Calcutta medical institutions reports 1892-1900
Year: 1892
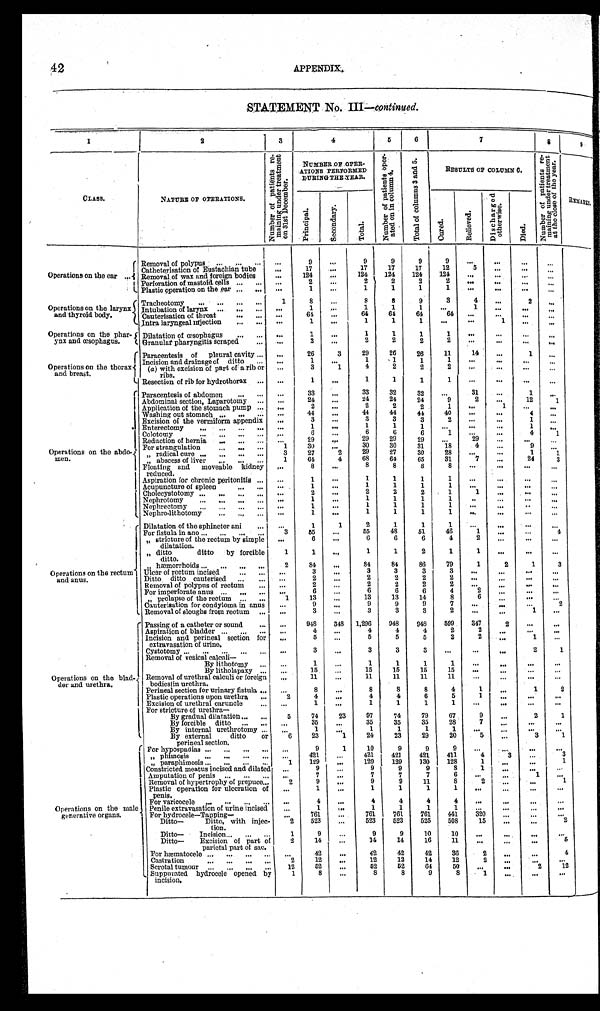
42
APPENDIX.
STATEMENT No. III— continued.
1
2
3
4
5
6
7
8
9
C L A S S .
NATURE OF OPERATIONS.
N u m b e r o f p a t i e n t s r e - m a i n i n g u n d e r t r e a t m e n t o n 3 1 s t D e c e m b e r .
NUMBER OF OPER-
ATIONS PERFORMED
DURING THE YEAR.
N u m b e r o f p e t i e n t s o p e r - a t e d o n i n c o l u m n 4 .
T o t a l o f c o l u m n s 3 a n d 5 .
RESULTS OF COLUMN 6.
N u m b e r o f p a t i e n t s r e - m a i n i n g u n d e r t r e a t m e n t a t t h e c l o s e o f t h e y e a r .
R E M A R K S .
P r i n c i p a l .
S e c o n d a r y .
T o t a l .
C u r e d .
R e l i e v e d .
D i s c h a r g e d o t h e r w i s e .
D i e d .
Operations on the ear . . .
Removal of polypus . . .
. . .
9
. . .
9
9
9
9
. . .
. . .
. . .
. . .
17
17
12
17
Catheterisation of Eustachian tube
. . .
17
. . .
5
. . .
. . .
. . .
124
124
124
124
Removal of wax and foreign bodies
. . .
124
. . .
. . .
. . .
. . .
. . .
2
2
2
2
Perforation of mastoid cells . . .
. . .
2
. . .
. . .
. . .
. . .
. . .
Plastic operation on the ear . . .
. . .
1
. . .
1
1
1
1
. . .
. . .
. . .
. . .
Operations on the larynx
and thyroid body.
Tracheotomy . . .
1
8
. . .
8
8
9
3
4
. . .
2
. . .
Intubation of larynx . . .
. . .
1
. . .
1
1
1
. . .
1
. . .
. . .
. . .
64
64
64
Cauterisation of throat . . .
. . .
64
. . .
64
. . .
. . .
. . .
. . .
Intra laryngeal injection . . .
. . .
1
. . .
1
1
1
. . .
. . .
1
. . .
. . .
Operations on the phar-
ynx and œsophagus.
Dilatation of œsophagus . . .
. . .
1
. . .
1
1
1
1
. . .
. . .
. . .
. . .
Granular pharyngitis scraped . . .
. . .
2
. . .
2
2
2
2
. . .
. . .
. . .
. . .
Operations on the thorax
and breast.
Paracentesis of pleural cavity . . .
. . .
26
3
29
26
26
11
14
. . .
1
. . .
Incision and drainage of ditto . . .
. . .
1
. . .
1
1
1
1
. . .
. . .
. . .
. . .
(a) with excision of part of a rib or
ribs.
. . .
3
1
4
2
2
2
. . .
. . .
. ..
. . .
Resection of rib for hydrothorax . . .
. . .
1
. . .
1
1
1
1
. . .
. . .
. . .
. . .
Operations on the abdo
- m e n .
Paracentesis of abdomen . . .
. . .
33
. . .
33
32
32
. . .
31
. . .
1
. . .
Abdominal section, Laparotomy . . .
. . .
24
. . .
24
24
24
9
2
. . .
12
1
Application of the stomach pump . . .
. . .
2
. . .
2
2
2
1
. . .
1
. . .
. . .
Washing out stomach . . .
. . .
44
. . .
44
44
44
40
. . .
. . .
4
. . .
Excision of the vermiform appendix
. . .
3
. . .
3
3
3
2
. . .
. . .
1
. . .
Enterectomy . . .
. . .
1
. . .
1
1
1
. . .
. . .
. . .
1
. . .
Colotomy . . .
. . .
6
. . .
6
6
6
1
. . .
. . .
4
1
Reduction of hernia . . .
. . .
29
. . .
29
29
29
. . .
29
. . .
. . .
. . .
For strangulation . . .
1
30
. . .
30
30
31
18
4
. . .
9
. . .
" radical cure . . .
3
27
2
29
27
30
28
. . .
. . .
1
" a b s c e s s o f l i v e r
. . .
1
64
4
68
64
65
31
7
. . .
24
3
F l o a t i n g a n d m o v e a b l e k i d n e y
reduced.
. . .
8
. . .
8
8
8
8
. . .
. . .
. . .
. . .
Aspiration for chronic peritonitis . . .
. . .
1
. . .
1
1
1
1
. . .
. . .
. . .
. . .
Acupuncture of spleen . . .
. . .
1
. . .
1
1
1
1
. . .
. . .
. . .
. . .
Cholecystotomy . . .
. . .
2
. . .
2
2
2
1
1
. . .
. . .
. . .
Nephrotomy . . .
. . .
1
. . .
1
1
1
1
. . .
. . .
. . .
. . .
Nephrectomy . . .
. . .
1
. . .
1
1
1
1
. . .
. . . . . .
. . .
Nephro-lithotomy . . .
. . .
1
. . .
1
1
1
1
. . .
. . .
. . .
. . .
Operations on the rectum
and anus.
Dilatation of the sphincter ani . . .
. . .
1
1
2
1
1
1
. . .
. . .
. . .
. . .
For fistula in ano . . .
3
5 5
. . .
55
48
51
46
1
. . . . . .
4
" stricture of the rectum by simple
dilatation.
. . .
6
. . .
6
6
6
4
2
. . .
. . .
. . .
" ditto ditto by forcible
ditto.
1
1
. . .
1
1
2
1
1
. . .
. . .
. . .
" hæmorrhoids . . .
2
84
. . .
84
84
86
79
1
2
1
3
Ulcer of rectum incised . . .
. . .
3
. . .
3
3
3
3
. . .
. . .
. . .
. . .
Ditto ditto cauterised . . .
. . .
2
. . .
2
2
2
2
. . .
. . .
. . .
. . .
Removal of polypus of rectum . . .
. . .
2
. . .
2
2
2
2
. . .
. . . . . .
. . .
For imperforate anus . . .
. . .
6
. . .
6
6
6
4
2
. . .
. . .
. . .
" prolapse of the rectum . . .
1
1 3
. . .
13
13
14
8
6
. . .
. . .
. . .
Cauterisation for condyloma in anus
. . .
9
. . .
9
9
9
7
. . .
. . . . . .
2
Removal of sloughs from rectum . . .
. . .
3
. . .
3
3
3
2
. . .
. . .
1
. . .
Operations on the blad-
der and urethra.
Passing of a catheter or sound . . .
. . .
948
348 1,296
948
948
599
347
2
. . .
. . .
Aspiration of bladder . . .
. . .
4
. . .
4
4
4
2
2
. . .
. . .
. . .
Incision and perineal section for
extravasation of urine.
. . .
5
. . .
5
5
5
2
2
. . .
1 . . .
Cystotomy . . .
. . .
3
. . .
3
3
3
. . .
. . .
. . .
2
1
Removal of vesical calculi
—
By lithotomy . . .
. . .
1
. . .
1
1
1
1
. . .
. . .
. . .
. . .
By litholapaxy . . .
. . .
15
. . .
15
15
15
15
. . .
. . .
. . .
. . .
Removal of urethral calculi or foreign
bodieslin urethra.
. . .
11
. . .
11
11
11
11
. . .
. . .
. . .
. . .
Perineal section for urinary fistula . . .
. . .
8
. . .
8
8
8
4
1
. . .
1
2
Plastic operations upon urethra . . .
2
4
. . .
4
4
6
5
1
. . .
. . .
. . .
Excision of urethral caruncle . . .
. . .
1
. . .
1
1
1
1
. . .
. . .
. . .
. . .
For stricture of urethra
—
By gradual dilatation . . .
5
74
23
97
74
79
67
9
. . .
2
1
By forcible ditto . . .
. . .
35
. . .
35
35
35
28
7
. . .
. . .
. . .
By internal urethrotomy . . .
. . .
1
. . .
1
1
1
1
. . .
. . .
. . .
. . .
By external ditto or
perineal section.
6
23
1
24
23
29
20
5
. . .
3
1
Operations on the male
generative organs.
For hypospadias . . .
. . .
9
1
10
9
9
9
. . .
. . .
. . .
. . .
" phimosis . . .
. . . 421
. . .
421
421
421
411
4
3
. . . 3
" paraphimosis . . .
1
129
. . .
129
129
130
128
1
. . .
. . .
1
Constricted meatus incised and dilated
. . .
9
. . .
9
9
9
8
1
. . .
. . .
. . .
Amputation of penis . . .
. . .
7
. . .
7
7
7
6
. . .
. . .
1 . . .
Removal of hypertrophy of prepuce . . .
2
9
. . .
9
9
11
8
2
. . .
. . .
1
Plastic operation for ulceration of
penis.
. . .
1
. . .
1
1
1
1
. . .
. . .
. . .
. . .
For varicocele . . .
. . .
4
. . .
4
4
4
4
. . . .
. . .
. . .
. . .
Penile extravasation of urine incised
. . .
1
. . .
1
1
1
1
. . .
. . .
. . .
. . .
For hydrocele—Tapping—
. . . 761
. . .
761
761.
761
441
320
. . .
. . .
. . .
Ditto— Ditto, with injec-
tion.
2
523
. . .
523
523
525
508
15
. . .
. . .
2
Ditto— Incision . . .
1
9
. . .
9
9
10
10
. . .
. . .
. . .
. . .
Ditto— Excision of part of
parietal part of sac.
2
14
. . .
14
14
16
11
. . .
. . .
. . .
5
For hæmatocele . . .
. . .
42
. . .
42
42
42
36
2
. . .
. . .
4
C a s t r a t i o n . . .
2
12
. . .
12
12
14
12
2
. . .
. . .
. . .
Scrotal tumour . . .
12
52
. . .
52
52
64
50
. . .
. . .
2
1 2
Suppurated hydrocele opened by
incision.
1
8
. . .
8
8
9
8
1
. . .
. . .
. . .